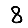
Digit: 8